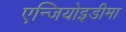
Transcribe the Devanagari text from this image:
एन्जियोइडीमा